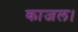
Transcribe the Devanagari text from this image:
काजल।